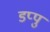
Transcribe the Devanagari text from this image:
डप्पु